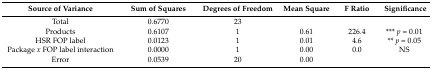
<table><thead><tr><td><b>Source of Variance</b></td><td><b>Sum of Squares</b></td><td><b>Degrees of Freedom</b></td><td><b>Mean Square</b></td><td><b>F Ratio</b></td><td><b>Significance</b></td></tr></thead><tbody><tr><td>Total</td><td>0.6770</td><td>23</td><td></td><td></td><td></td></tr><tr><td>Products</td><td>0.6107</td><td>1</td><td>0.61</td><td>226.4</td><td>*** <i>p</i> = 0.01</td></tr><tr><td>HSR FOP label</td><td>0.0123</td><td>1</td><td>0.01</td><td>4.6</td><td>** <i>p</i> = 0.05</td></tr><tr><td>Package <i>x</i> FOP label interaction</td><td>0.0000</td><td>1</td><td>0.00</td><td>0.0</td><td>NS</td></tr><tr><td>Error</td><td>0.0539</td><td>20</td><td>0.00</td><td></td><td></td></tr></tbody></table>